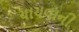
યાચવાની